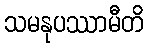
သမနုပဿာမီတိ